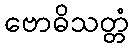
ဗောဓိသတ္တံ